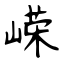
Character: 嵘